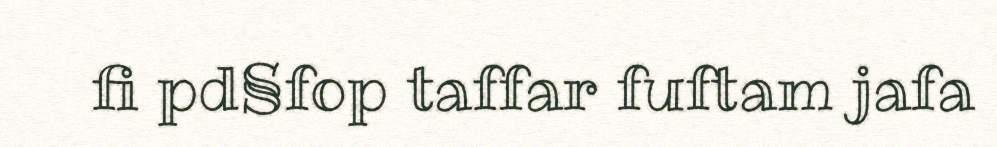
fi pd§fop taffar fuftam jafa